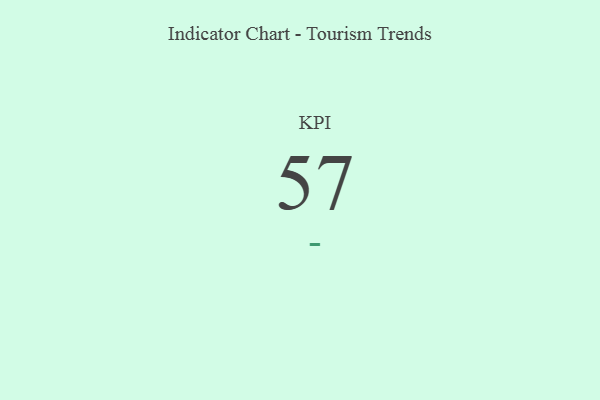
{"axis": {"x": "KPI", "y": "Value"}, "legend": [""], "data": [{"x": "KPI", "y": 57, "type": ""}]}